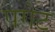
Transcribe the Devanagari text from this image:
पगेट